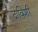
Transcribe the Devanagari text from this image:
दाविशी